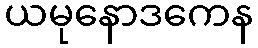
ယမုနောဒကေန